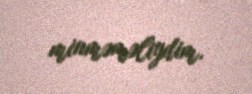
minməməliydim.